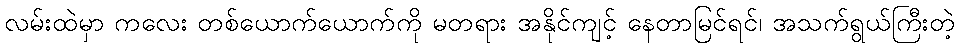
လမ်းထဲမှာ ကလေး တစ်ယောက်ယောက်ကို မတရား အနိုင်ကျင့် နေတာမြင်ရင်၊ အသက်ရွယ်ကြီးတဲ့